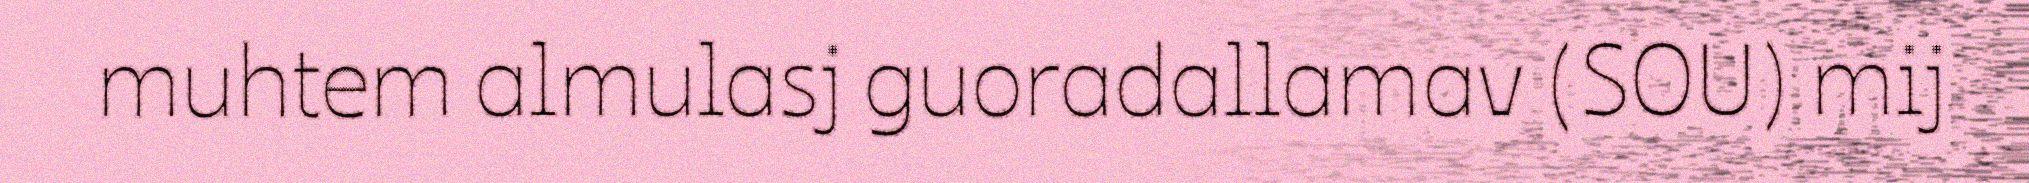
muhtem almulasj guoradallamav (SOU) mij